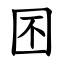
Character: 囨